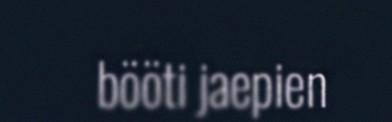
bööti jaepien